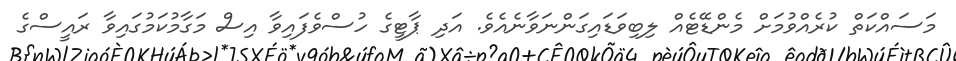
މަސައްކަތް ކުރެއްވުމަށް މެންޑޭޓެއް ލިބިވަޑައިގަންނަވާނެއެވެ. އަދި ޕާޓީގެ ހުސްވެފައިވާ އިސް މަގާމުކަމުގައިވާ ރައީސްގެ